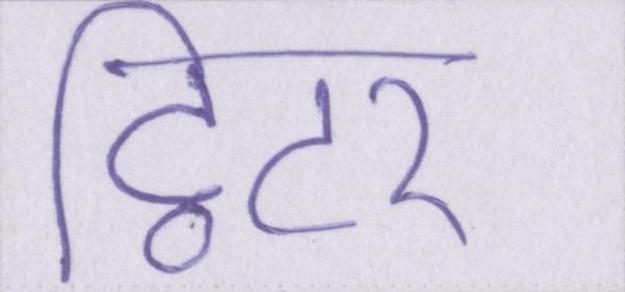
ट्विटर